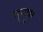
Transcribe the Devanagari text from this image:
मुन्दुम